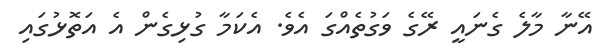
އޭނާ މާލެ ގެނައީ ރޭގެ ވަގުތެއްގަ އެވެ. އެކަމާ ގުޅިގެން އެ އަތޮޅުގައި